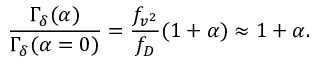
\frac { \Gamma _ { \delta } ( \alpha ) } { \Gamma _ { \delta } ( \alpha = 0 ) } = \frac { f _ { v ^ { 2 } } } { f _ { D } } ( 1 + \alpha ) \approx 1 + \alpha .